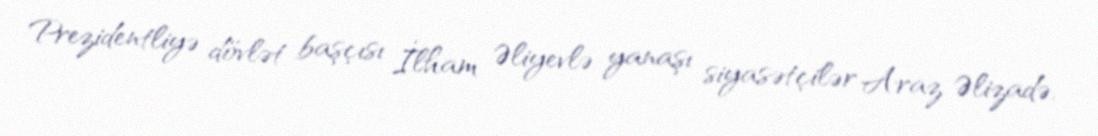
Prezidentliyə dövlət başçısı İlham Əliyevlə yanaşı siyasətçilər Araz Əlizadə,